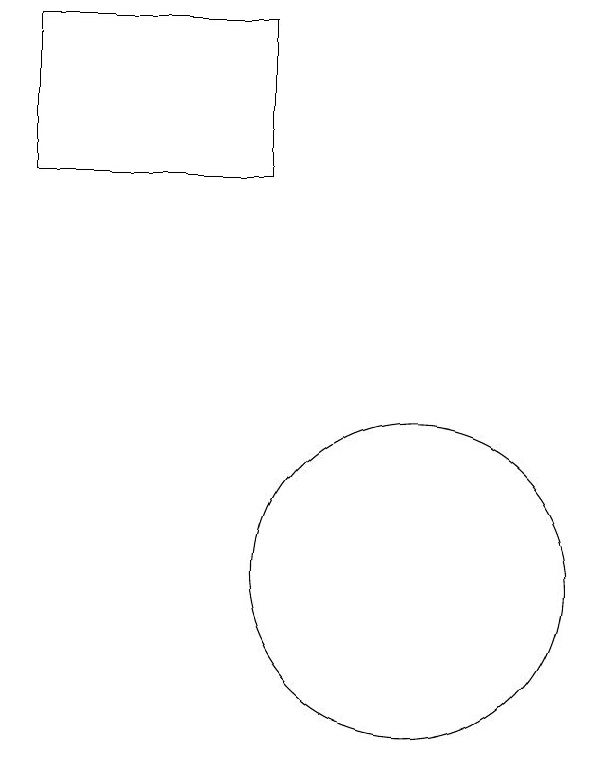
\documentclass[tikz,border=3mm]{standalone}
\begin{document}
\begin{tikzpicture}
\draw (11,11) circle (2);
\draw (10,10) circle (0);
\draw (9,16) rectangle (6,18);
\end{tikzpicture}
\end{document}